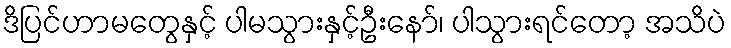
ဒိပြင်ဟာမတွေနှင့် ပါမသွားနှင့်ဦးနော်၊ ပါသွားရင်တော့ အသိပဲ